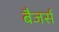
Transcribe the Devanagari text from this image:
बैजर्स